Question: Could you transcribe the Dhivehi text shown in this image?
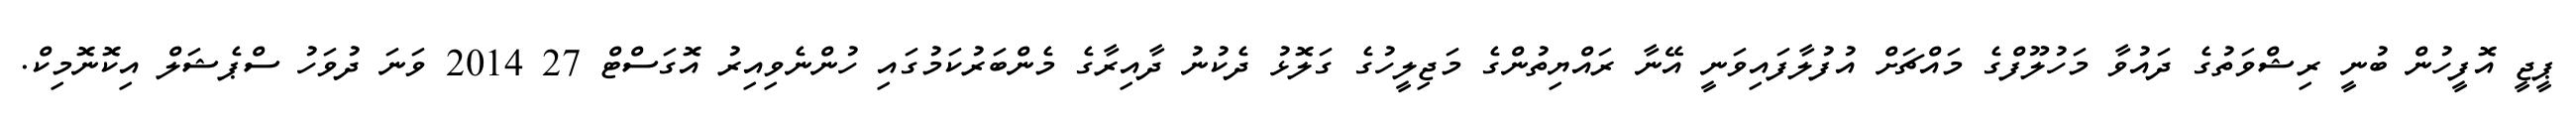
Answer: ޕީޖީ އޮފީހުން ބުނީ ރިޝްވަތުގެ ދައުވާ މަހުލޫފްގެ މައްޗަށް އުފުލާފައިވަނީ އޭނާ ރައްޔިތުންގެ މަޖިލީހުގެ ގަލޮޅު ދެކުނު ދާއިރާގެ މެންބަރުކަމުގައި ހުންނެވިއިރު އޮގަސްޓް 27 2014 ވަނަ ދުވަހު ސްޕެޝަލް އިކޮނޮމިކް.